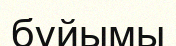
бұйымы